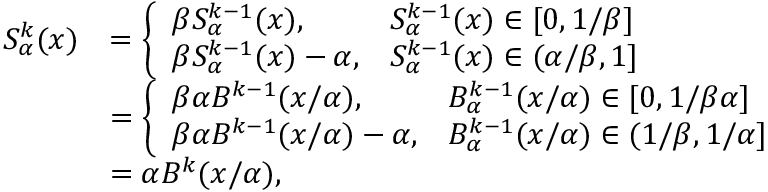
\begin{array} { r l } { S _ { \alpha } ^ { k } ( x ) } & { = \left\{ \begin{array} { l l } { \beta S _ { \alpha } ^ { k - 1 } ( x ) , } & { S _ { \alpha } ^ { k - 1 } ( x ) \in [ 0 , 1 / \beta ] } \\ { \beta S _ { \alpha } ^ { k - 1 } ( x ) - \alpha , } & { S _ { \alpha } ^ { k - 1 } ( x ) \in ( \alpha / \beta , 1 ] } \end{array} \right. } \\ & { = \left\{ \begin{array} { l l } { \beta \alpha B ^ { k - 1 } ( x / \alpha ) , } & { B _ { \alpha } ^ { k - 1 } ( x / \alpha ) \in [ 0 , 1 / \beta \alpha ] } \\ { \beta \alpha B ^ { k - 1 } ( x / \alpha ) - \alpha , } & { B _ { \alpha } ^ { k - 1 } ( x / \alpha ) \in ( 1 / \beta , 1 / \alpha ] } \end{array} \right. } \\ & { = \alpha B ^ { k } ( x / \alpha ) , } \end{array}